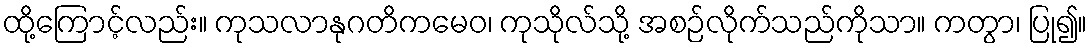
ထို့ကြောင့်လည်း။ ကုသလာနုဂတိကမေဝ၊ ကုသိုလ်သို့ အစဉ်လိုက်သည်ကိုသာ။ ကတွာ၊ ပြု၍။